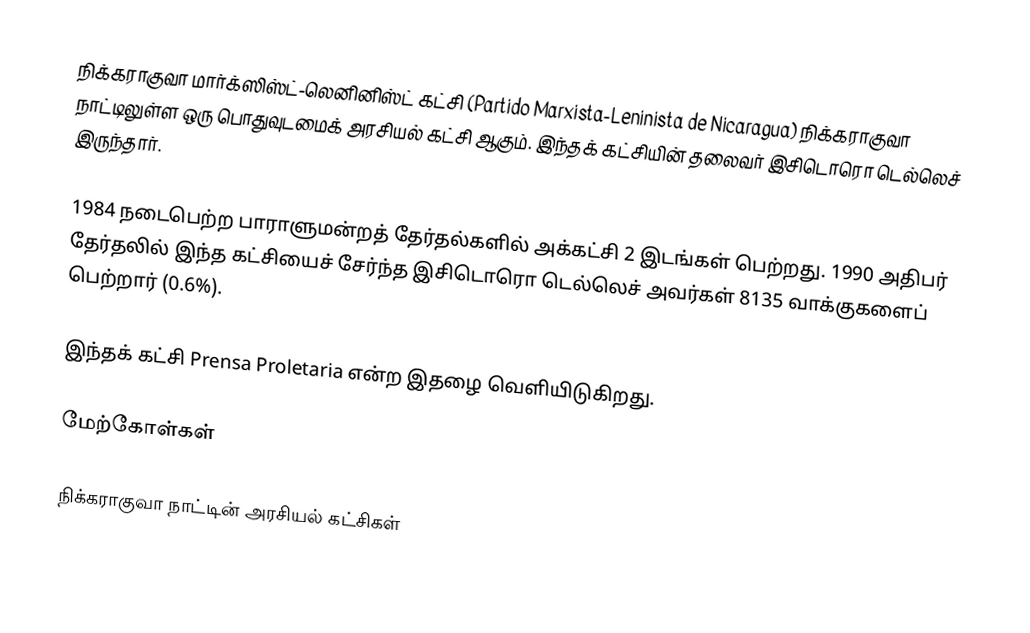
நிக்கராகுவா மார்க்ஸிஸ்ட்-லெனினிஸ்ட் கட்சி (Partido Marxista-Leninista de Nicaragua) நிக்கராகுவா நாட்டிலுள்ள ஒரு பொதுவுடமைக் அரசியல் கட்சி ஆகும். இந்தக் கட்சியின் தலைவர் இசிடொரொ டெல்லெச் இருந்தார்.

1984 நடைபெற்ற பாராளுமன்றத் தேர்தல்களில் அக்கட்சி 2 இடங்கள் பெற்றது. 1990 அதிபர் தேர்தலில் இந்த கட்சியைச் சேர்ந்த இசிடொரொ டெல்லெச் அவர்கள் 8135 வாக்குகளைப் பெற்றார் (0.6%).

இந்தக் கட்சி Prensa Proletaria என்ற இதழை வெளியிடுகிறது.

மேற்கோள்கள்

நிக்கராகுவா நாட்டின் அரசியல் கட்சிகள்